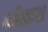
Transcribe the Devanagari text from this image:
कोत्तारा